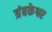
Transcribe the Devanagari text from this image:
त्रंबकेश्वर